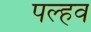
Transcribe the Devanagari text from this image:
पल्हव